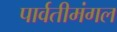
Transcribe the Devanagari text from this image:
पार्वतीमंगल